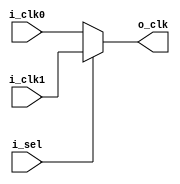
module clk_mux21(
    i_clk0,
    i_clk1,
    i_sel,
    o_clk
);

input	wire i_clk0;
input	wire i_clk1;
input	wire i_sel;
output	wire o_clk;


assign o_clk = i_sel ? i_clk1 : i_clk0;















endmodule